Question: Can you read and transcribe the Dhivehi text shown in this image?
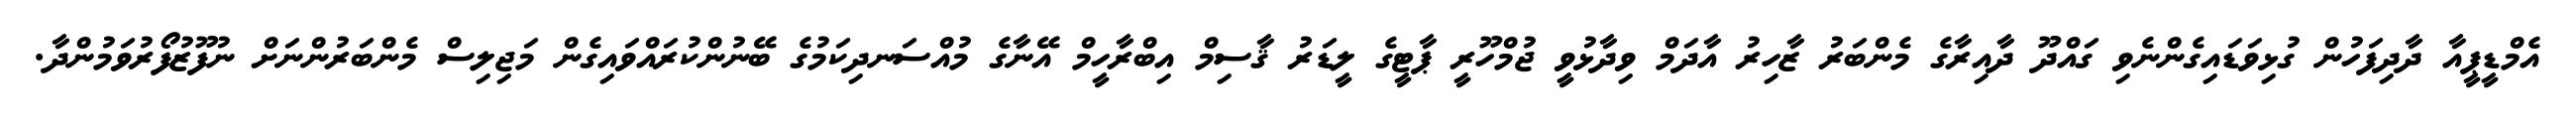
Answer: އެމްޑީޕީއާ ދާދިފަހުން ގުޅިވަޑައިގެންނެވި ގައްދޫ ދާއިރާގެ މެންބަރު ޒާހިރު އާދަމް ވިދާޅުވީ ޖުމްހޫރީ ޕާޓީގެ ލީޑަރު ޤާސިމް އިބްރާހީމް އޭނާގެ މުއްސަނދިކަމުގެ ބޭނުންކުރައްވައިގެން މަޖިލިސް މެންބަރުންނަށް ނުފޫޒުފޯރުވަމުންދާ.